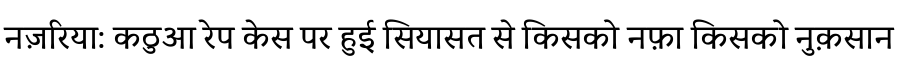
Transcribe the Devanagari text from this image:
नज़रिया: कठुआ रेप केस पर हुई सियासत से किसको नफ़ा किसको नुक़सान